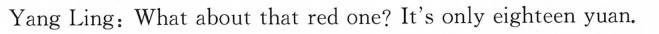
Yang Ling:What about that red one?It's only eighteen yuan.